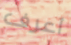
أعرف